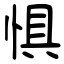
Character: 惧